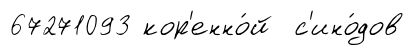
67271093 кор'енно́й с'ино́дов